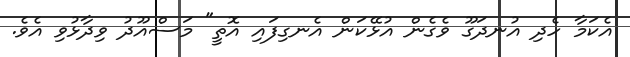
އެކަމާ ހެދި އުނދަގޫ ވެގެން އުޅޭކަން އެނގިފައި އޮތީ" މަސްއޫދު ވިދާޅުވި އެވެ.